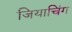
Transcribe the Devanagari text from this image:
जियाचिंग